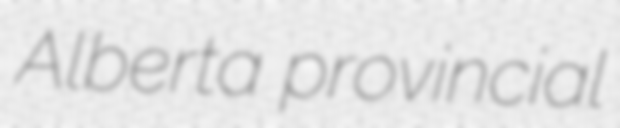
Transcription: Alberta provincial